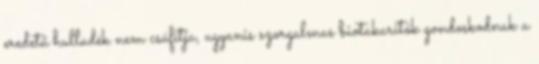
eredetű hulladék nem csúfítja, ugyanis szorgalmas biotakarítók gondoskodnak a